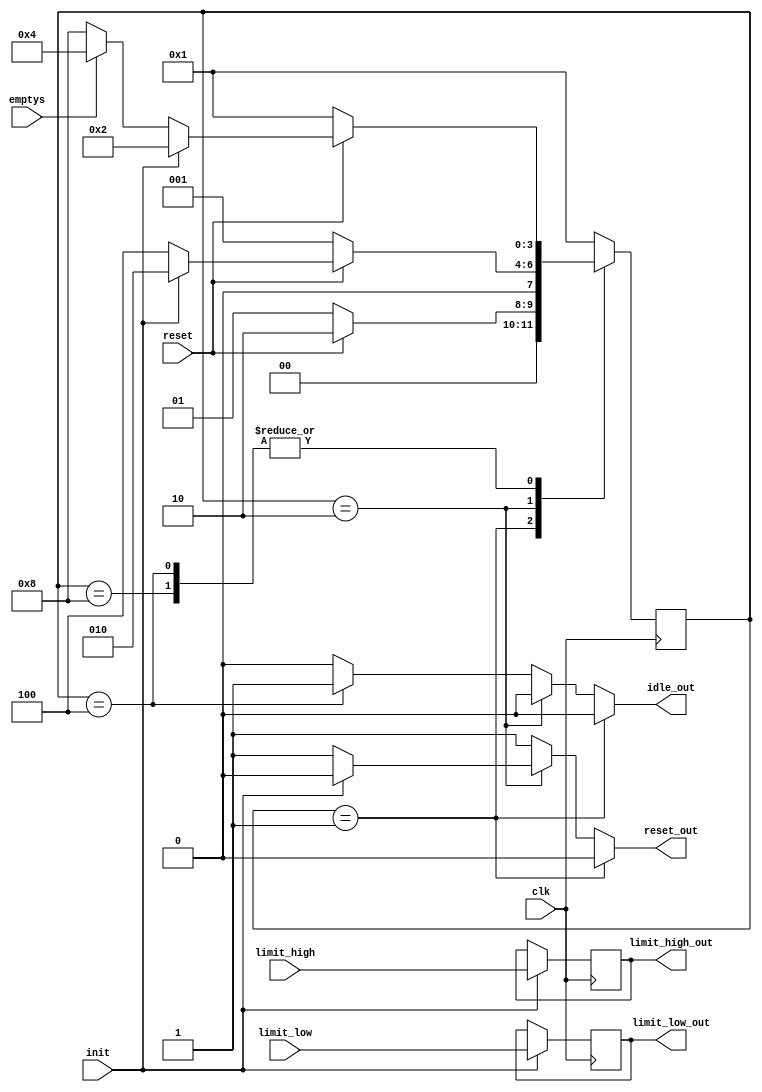
module machine( output reg reset_out, idle_out,
		output reg [2:0] limit_low_out, limit_high_out,
		input wire [2:0] limit_low, limit_high,
		input wire 	 clk, reset, init, emptys );

   reg [3:0] 				state, next_state;
   
   parameter 				RESET = 4'b0001;
   parameter 				INIT = 4'b0010;
   parameter 				IDLE = 4'b0100;
   parameter 				ACTIVE = 4'b1000;

   always @( posedge clk ) begin: STATE_LOGIC
      state <= next_state;
   end

   always @( * ) begin: NEXT_STATE_LOGIC
      case( state )
	 RESET:
	   if( !reset ) begin
	      next_state = RESET;
	   end
	   else begin
	      next_state = INIT;
	   end
	 INIT:
	   if( !reset ) begin
	      next_state = RESET;
	   end
	   else begin
	      if( init ) begin
		 next_state = INIT;
	      end
	      else begin
		 next_state = IDLE;
	      end
	   end 
	 IDLE: //4
	   if( !reset ) begin
	      next_state = RESET;
	   end
	   else begin
	      if( init ) begin
		 next_state = INIT;
	      end
	      else begin
		 if( emptys ) begin
		    next_state = IDLE;
		 end
		 else begin
		    next_state = ACTIVE;
		 end
	      end // else: !if( init )
	   end // else: !if( !reset )
	 ACTIVE:
	   if( !reset ) begin
	      next_state = RESET;
	   end
	   else begin
	      if( init ) begin
		 next_state = INIT;
	      end
	      else begin
		 if( emptys ) begin
		    next_state = IDLE;
		 end
		 else begin
		    next_state = ACTIVE;
		 end
	      end // else: !if( init )
	   end	   
	 default: next_state = RESET;
      endcase // case ( state )
   end // always @ ( * )
   

   always @( posedge clk ) begin
      if( init ) begin
	 limit_low_out <= limit_low;
	 limit_high_out <= limit_high;
      end
      else begin
	 limit_low_out <= limit_low_out;
	 limit_high_out <= limit_high_out;
      end
   end
   
	      
   always @( * ) begin: OUTPUTS_LOGIC
      if( state == RESET ) begin //1
	 reset_out = 1'b0;
	 idle_out = 1'b0;
	 //limit_low_out = 'h0;
	 //limit_high_out = 'h0;
      end
      else if( state == INIT ) begin //2
	 //limit_low_out = limit_low;
	 //limit_high_out = limit_high;
	 idle_out = 1'b0;
	 if( init ) begin
	    reset_out = 1'b0;
	 end
	 else begin
	    reset_out = 1'b1;
	 end
      end
      else if( state == IDLE ) begin //4
	 //limit_low_out = limit_low;
	 //limit_high_out = limit_high;
	 reset_out = 1'b1;
	 idle_out = 1'b1;
      end
      else begin //8
	 //limit_low_out = limit_low;
	 //limit_high_out = limit_high;
	 reset_out = 1'b1;
	 idle_out = 1'b0;
      end
   end // block: OUTPUTS_LOGIC

endmodule